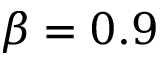
\beta = 0 . 9